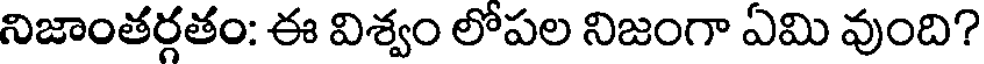
నిజాంతర్గతం: ఈ విశ్వం లోపల నిజంగా ఏమి వుంది?